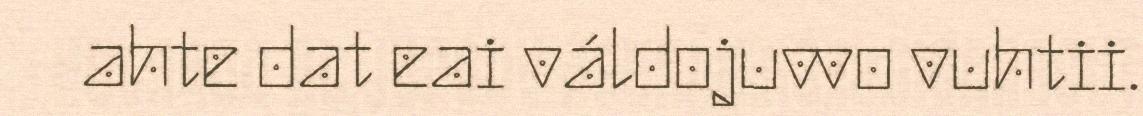
ahte dat eai váldojuvvo vuhtii.